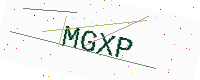
Text: MGXP